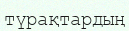
түрақтардың